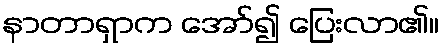
နာတာရှာက အော်၍ ပြေးလာ၏။